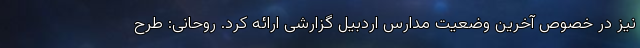
نیز در خصوص آخرین وضعیت مدارس اردبیل گزارشی ارائه کرد. روحانی: طرح